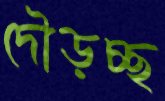
দৌড়চ্ছ